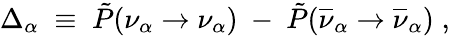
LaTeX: \Delta_{\alpha}\; \equiv\; \tilde{P}(\nu_{\alpha}\rightarrow\nu_{\alpha})~-~\tilde{P}(\overline{{{\nu}}}_{\alpha}\rightarrow\overline{{{\nu}}}_{\alpha})\; ,